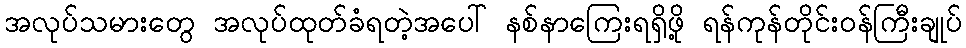
အလုပ်သမားတွေ အလုပ်ထုတ်ခံရတဲ့အပေါ် နစ်နာကြေးရရှိဖို့ ရန်ကုန်တိုင်းဝန်ကြီးချုပ်